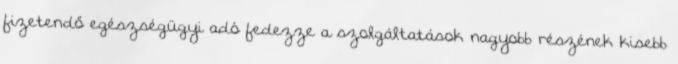
fizetendő egészségügyi adó fedezze a szolgáltatások nagyobb részének kisebb